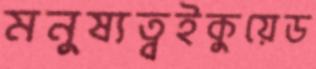
মনুষ্যত্বইকুয়েড